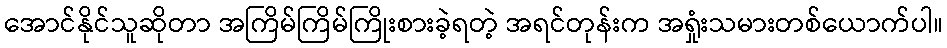
အောင်နိုင်သူဆိုတာ အကြိမ်ကြိမ်ကြိုးစားခဲ့ရတဲ့ အရင်တုန်းက အရှုံးသမားတစ်ယောက်ပါ။